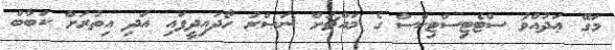
މަގޭ ޢަދުއްވު ސްޓެޓިސްޓިކްސް ގެ މައްޗަށް ނަޞްރު ހޯދައިދީފައި އަދި އިތުރަށް ކަބާބް